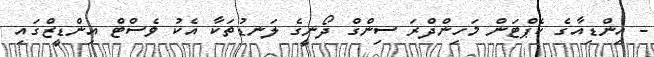
- އިންޑިއާގެ ކެޕްޓަން މަހިންދްރަ ސިންގް ދޯނީގެ ލަނޑުތަކާ އެކު ވެސްޓް އިންޑީޒްގައި